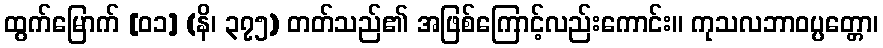
ထွက်မြောက် [၀၁] (နိ၊ ၃၇၅) တတ်သည်၏ အဖြစ်ကြောင့်လည်းကောင်း။ ကုသလဘာဝပ္ပတ္တော၊